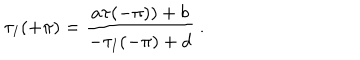
\tau _ { I } ( + \pi ) = \frac { a \tau ( - \pi ) ) + b } { - \tau _ { I } ( - \pi ) + d } ~ .